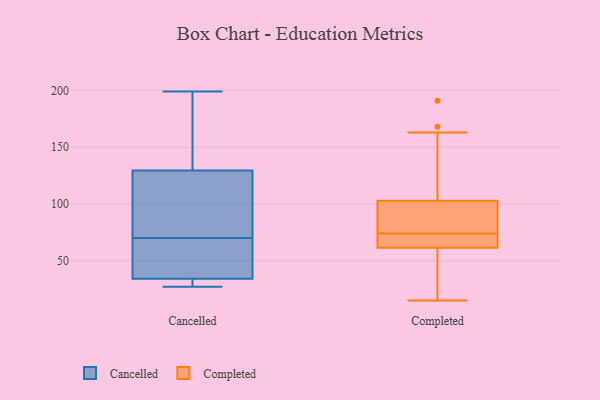
{"axis": {"x": "Active Users", "y": "Value"}, "legend": ["Cancelled", "Completed"], "data": [{"x": "", "y": 152, "type": "Cancelled"}, {"x": "", "y": 33, "type": "Cancelled"}, {"x": "", "y": 134, "type": "Cancelled"}, {"x": "", "y": 88, "type": "Cancelled"}, {"x": "", "y": 125, "type": "Cancelled"}, {"x": "", "y": 45, "type": "Cancelled"}, {"x": "", "y": 62, "type": "Cancelled"}, {"x": "", "y": 70, "type": "Cancelled"}, {"x": "", "y": 137, "type": "Cancelled"}, {"x": "", "y": 124, "type": "Cancelled"}, {"x": "", "y": 32, "type": "Cancelled"}, {"x": "", "y": 29, "type": "Cancelled"}, {"x": "", "y": 53, "type": "Cancelled"}, {"x": "", "y": 30, "type": "Cancelled"}, {"x": "", "y": 27, "type": "Cancelled"}, {"x": "", "y": 199, "type": "Cancelled"}, {"x": "", "y": 70, "type": "Cancelled"}, {"x": "", "y": 166, "type": "Cancelled"}, {"x": "", "y": 104, "type": "Cancelled"}, {"x": "", "y": 35, "type": "Cancelled"}, {"x": "", "y": 62, "type": "Completed"}, {"x": "", "y": 163, "type": "Completed"}, {"x": "", "y": 111, "type": "Completed"}, {"x": "", "y": 168, "type": "Completed"}, {"x": "", "y": 83, "type": "Completed"}, {"x": "", "y": 85, "type": "Completed"}, {"x": "", "y": 36, "type": "Completed"}, {"x": "", "y": 28, "type": "Completed"}, {"x": "", "y": 81, "type": "Completed"}, {"x": "", "y": 65, "type": "Completed"}, {"x": "", "y": 69, "type": "Completed"}, {"x": "", "y": 15, "type": "Completed"}, {"x": "", "y": 191, "type": "Completed"}, {"x": "", "y": 60, "type": "Completed"}, {"x": "", "y": 74, "type": "Completed"}, {"x": "", "y": 100, "type": "Completed"}, {"x": "", "y": 74, "type": "Completed"}]}